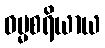
ဓမ္မစရိယာယ